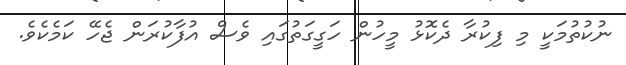
ނުކުތުމަކީ މި ފިކުރާ ދެކޮޅު މީހުން ހަގީގަތުގައި ވެސް އުފާކުރަން ޖެހޭ ކަމެކެވެ.